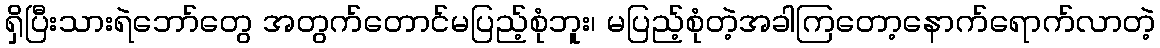
ရှိပြီးသားရဲဘော်တွေ အတွက်တောင်မပြည့်စုံဘူး၊ မပြည့်စုံတဲ့အခါကြတော့နောက်ရောက်လာတဲ့